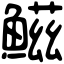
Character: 鰦